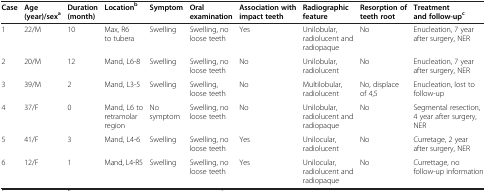
<table><thead><tr><td><b>Case</b></td><td><b>Age (year)/sex<sup>a</sup></b></td><td><b>Duration (month)</b></td><td><b>Location<sup>b</sup></b></td><td><b>Symptom</b></td><td><b>Oral examination</b></td><td><b>Association with impact teeth</b></td><td><b>Radiographic feature</b></td><td><b>Resorption of teeth root</b></td><td><b>Treatment and follow-up<sup>c</sup></b></td></tr></thead><tbody><tr><td>1</td><td>22/M</td><td>10</td><td>Max, R6 to tubera</td><td>Swelling</td><td>Swelling, no loose teeth</td><td>Yes</td><td>Unilobular, radiolucent and radiopaque</td><td>No</td><td>Enucleation, 7 year after surgery, NER</td></tr><tr><td>2</td><td>20/M</td><td>12</td><td>Mand, L6-8</td><td>Swelling</td><td>Swelling, no loose teeth</td><td>No</td><td>Unilobular, radiolucent</td><td>No</td><td>Enucleation, 7 year after surgery, NER</td></tr><tr><td>3</td><td>39/M</td><td>2</td><td>Mand, L3-5</td><td>Swelling</td><td>Swelling, loose teeth</td><td>No</td><td>Multilobular, radiolucent</td><td>No, displace of 4,5</td><td>Enucleation, lost to follow-up</td></tr><tr><td>4</td><td>37/F</td><td>0</td><td>Mand, L6 to retramolar region</td><td>No symptom</td><td>Swelling, no loose teeth</td><td>No</td><td>Unilobular, radiolucent and radiopaque</td><td>No</td><td>Segmental resection, 4 year after surgery, NER</td></tr><tr><td>5</td><td>41/F</td><td>3</td><td>Mand, L4-6</td><td>Swelling</td><td>Swelling, no loose teeth</td><td>Yes</td><td>Unilocular, radiolucent</td><td>No</td><td>Curretage, 2 year after surgery, NER</td></tr><tr><td>6</td><td>12/F</td><td>1</td><td>Mand, L4-R5</td><td>Swelling</td><td>Swelling, no loose teeth</td><td>Yes</td><td>Unilocular, radiolucent and radiopaque</td><td>No</td><td>Currettage, no follow-up information</td></tr></tbody></table>